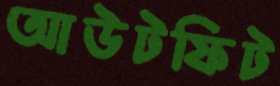
আউটফিট